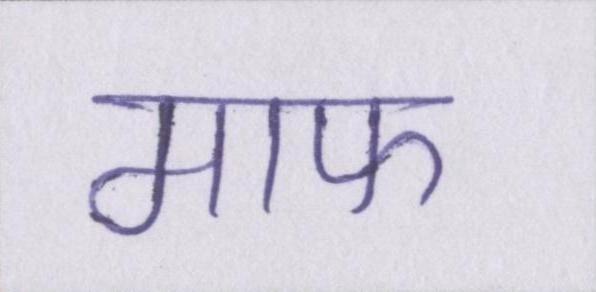
माफ